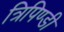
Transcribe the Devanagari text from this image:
त्रिपिण्डी